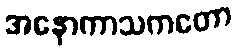
အနောကာသကတော